Burma Government Medical School reports 1907-22
Year: 1907
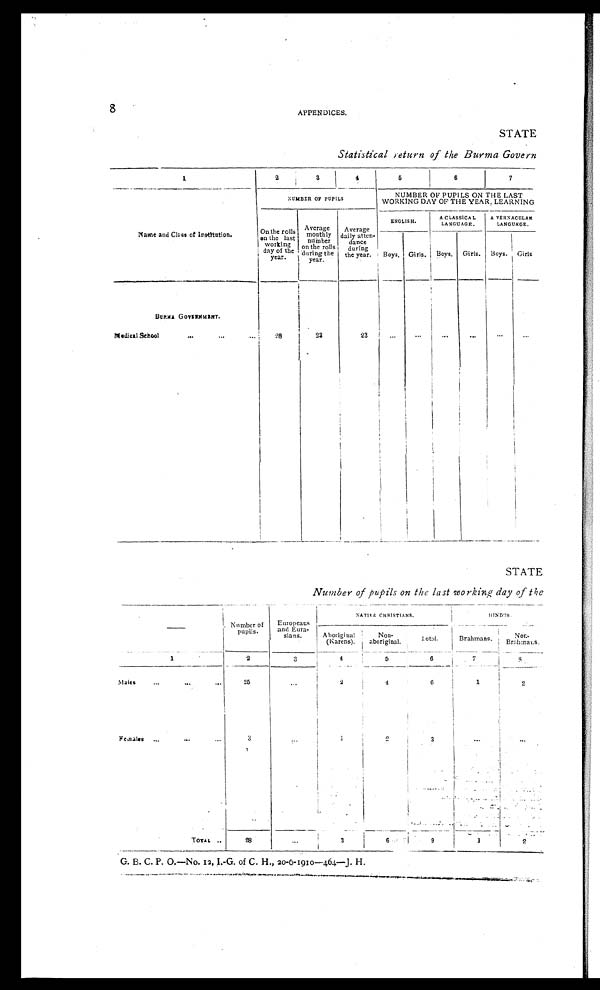
APPENDICES.
STATE
Statistical return of the Burma Govern
1
2
3
4
5
6
7
Name and Class of Institution.
NUMBER OF PUPILS
NUMBER OF PUPILS ON THE LAST
WORKING DAY OF THE YEAR, LEARNING
On t he r ol l s on t he l as t wor ki ng day of t he year .
A v e r a g e mo n t h l y n u mb e r o n t h e r o l l s d u r i n g t h e y e a r .
Average
daily atten-
dance
during
the year.
ENGLISH.
A CLASSICAL
LANGUAGE.
A VERNACULAM
LANGUAGE.
Boys. Girls. Boys.
Girls. Boys. Girls
BURMA GOVERNMENT.
Medical School
...
... ...
2 8
23
23
...
... ...
...
...
...
STATE
Number of pupils on the last working day of the
Number of
pupils.
Europeans
and Eura-
sians.
N A T I V E C H R I S T I A N S .
H I N D U S .
Aboriginal
(Karens).
Non-
aboriginal.
Total.
Brahmans.
Non-
Brahmans.
1
2
3
4
5
6
7
8
Males
...
...
...
2 5
. . .
2
4
6
1
2
Fe males ...
. . .
...
3
. . .
1
2
3
. . . . . .
TOTAL
. . .
2 8
...
3
6
9
1
2
G. B. C. P. O.—No. 12, 1.-G. of C. H., 2o-6-1910-464—J. H.